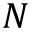
N